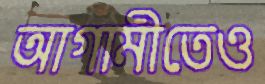
আগামীতেও